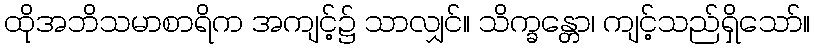
ထိုအဘိသမာစာရိက အကျင့်၌ သာလျှင်။ သိက္ခန္တော၊ ကျင့်သည်ရှိသော်။